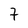
Character: 7